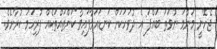
ޖެހޭނީ މަންމަ ނުވަތަ ބައްޕަ އެ ދުވަހަކަށް ކަނޑައަޅާފައިވާ ކަންތައްތަކެއް ފުރިހަމަ ކުރާށެވެ.